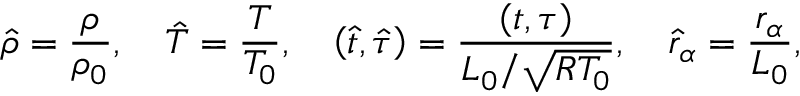
\hat { \rho } = \frac { \rho } { { { \rho _ { 0 } } } } , \quad \hat { T } = \frac { T } { { { T _ { 0 } } } } , \quad \left( { \hat { t } , \hat { \tau } } \right) = \frac { { \left( { t , \tau } \right) } } { { L _ { 0 } / \sqrt { R { T _ { 0 } } } } } , \quad { \hat { r } _ { \alpha } } = \frac { { { r _ { \alpha } } } } { { { L _ { 0 } } } } ,